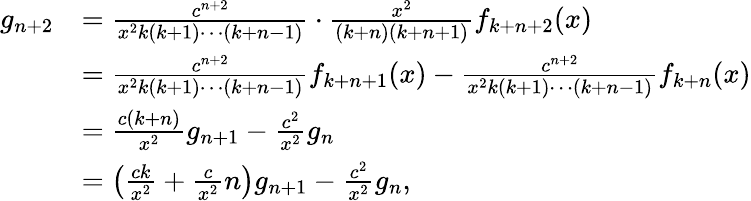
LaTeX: {\begin{array}{rl}{g_{n+2}}&{={\frac{c^{n+2}}{x^{2}k(k+1)\cdots(k+n-1)}}\cdot{\frac{x^{2}}{(k+n)(k+n+1)}}f_{k+n+2}(x)}\\ &{={\frac{c^{n+2}}{x^{2}k(k+1)\cdots(k+n-1)}}f_{k+n+1}(x)-{\frac{c^{n+2}}{x^{2}k(k+1)\cdots(k+n-1)}}f_{k+n}(x)}\\ &{={\frac{c(k+n)}{x^{2}}}g_{n+1}-{\frac{c^{2}}{x^{2}}}g_{n}}\\ &{=\left({\frac{ck}{x^{2}}}+{\frac{c}{x^{2}}}n\right)g_{n+1}-{\frac{c^{2}}{x^{2}}}g_{n},}\end{array}}